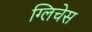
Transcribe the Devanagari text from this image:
ग्लिचेस